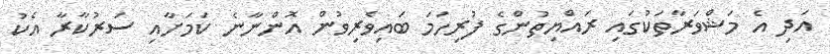
އަދި އެ މަޝްވަރާތަކުގައި ރައްޔިތުންގެ ފުރިހަމަ ބައިވެރިވުން އޮންނާނެ ކަމަށާއި ސަރުކާރާ އެކު